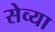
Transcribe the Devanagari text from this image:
सेव्या